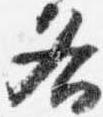
各